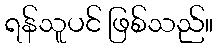
ရန်သူပင် ဖြစ်သည်။